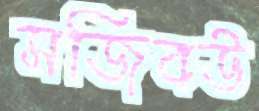
সজিবউ